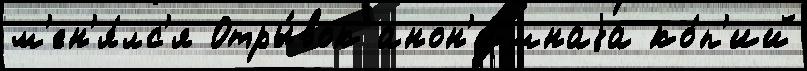
м'ен'я́лс'я Отры́вок анон'и́мнаjа ко́п'ий